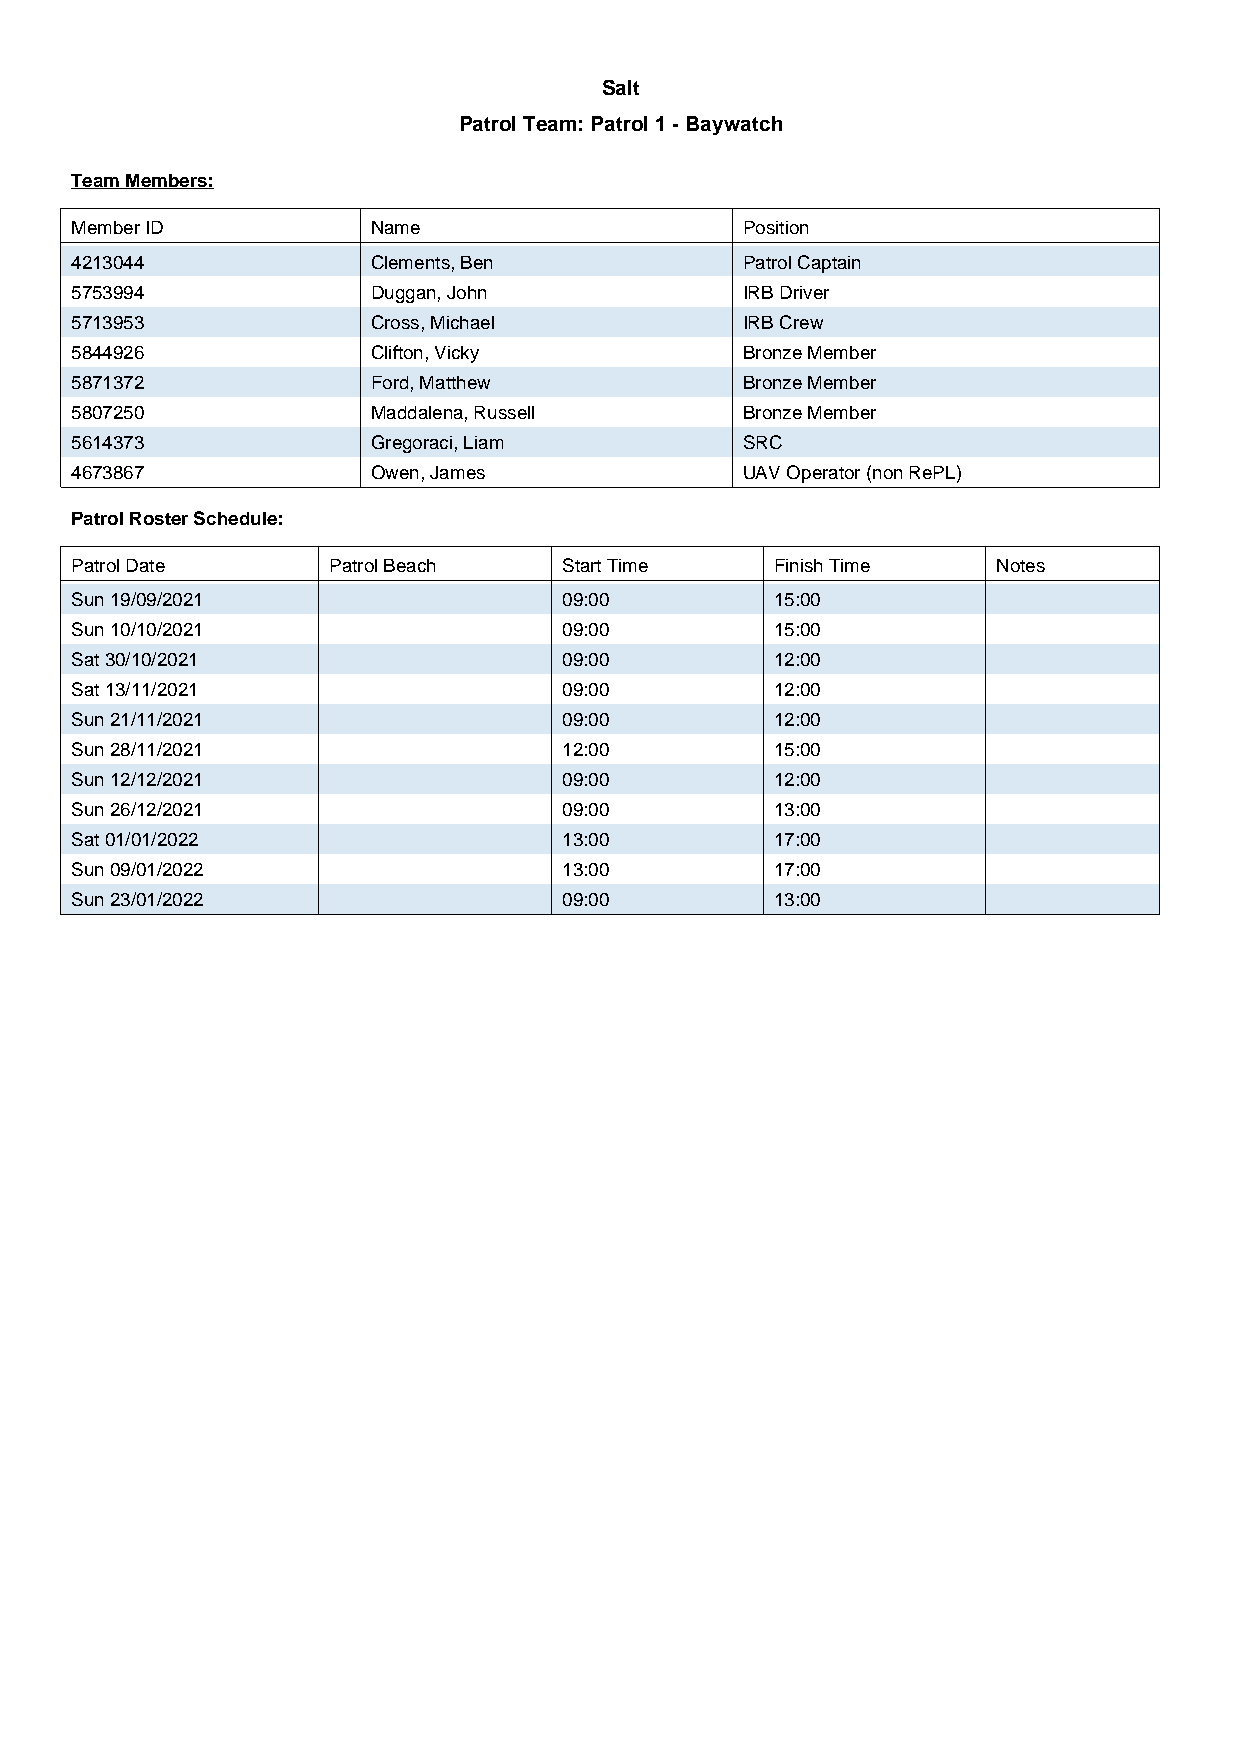
Salt
 Patrol Team: Patrol 1 - Baywatch
 Team Members:
 Member ID           Name                    Position
 4213044             Clements, Ben           Patrol Captain
 5753994             Duggan, John            IRB Driver
 5713953             Cross, Michael          IRB Crew
 5844926             Clifton, Vicky          Bronze Member
 5871372             Ford, Matthew           Bronze Member
 5807250             Maddalena, Russell      Bronze Member
 5614373             Gregoraci, Liam         SRC
 4673867             Owen, James             UAV Operator (non RePL)
 Patrol Roster Schedule:
 Patrol Date      Patrol Beach   Start Time    Finish Time    Notes
 Sun 19/09/2021                  09:00         15:00
 Sun 10/10/2021                  09:00         15:00
 Sat 30/10/2021                  09:00         12:00
 Sat 13/11/2021                  09:00         12:00
 Sun 21/11/2021                  09:00         12:00
 Sun 28/11/2021                  12:00         15:00
 Sun 12/12/2021                  09:00         12:00
 Sun 26/12/2021                  09:00         13:00
 Sat 01/01/2022                  13:00         17:00
 Sun 09/01/2022                  13:00         17:00
 Sun 23/01/2022                  09:00         13:00